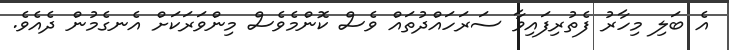
އެ ބަލި މިހާރު ފެތުރިފައިވާ ސަރަހައްދުތައް ވެސް ކޮންމެވެސް މިންވަރަކަށް އެނގެމުން ދެއެވެ.